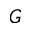
G